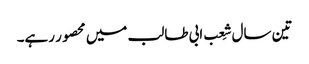
تین سال شِعب ابی طالب میں محصور رہے۔